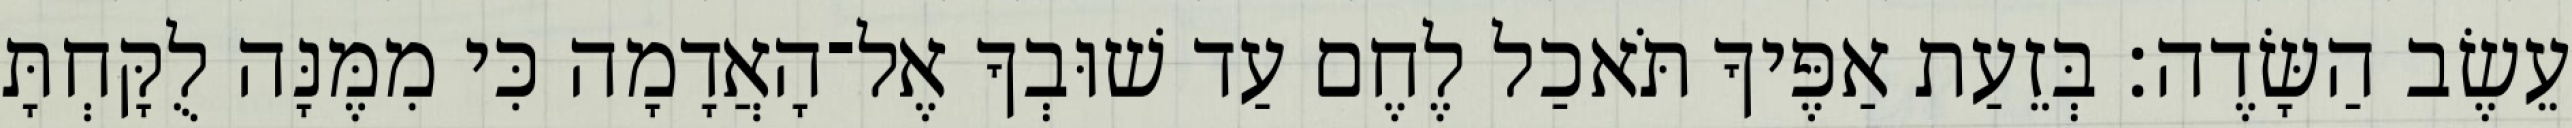
עֵשֶׂב הַשָּׂדֶה׃ בְּזֵעַת אַפֶּיךָ תֹּאכַל לֶחֶם עַד שׁוּבְךָ אֶל־הָאֲדָמָה כִּי מִמֶּנָּה לֻקָּחְתָּ